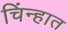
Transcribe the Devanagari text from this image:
चिंन्हात